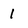
Character: 1